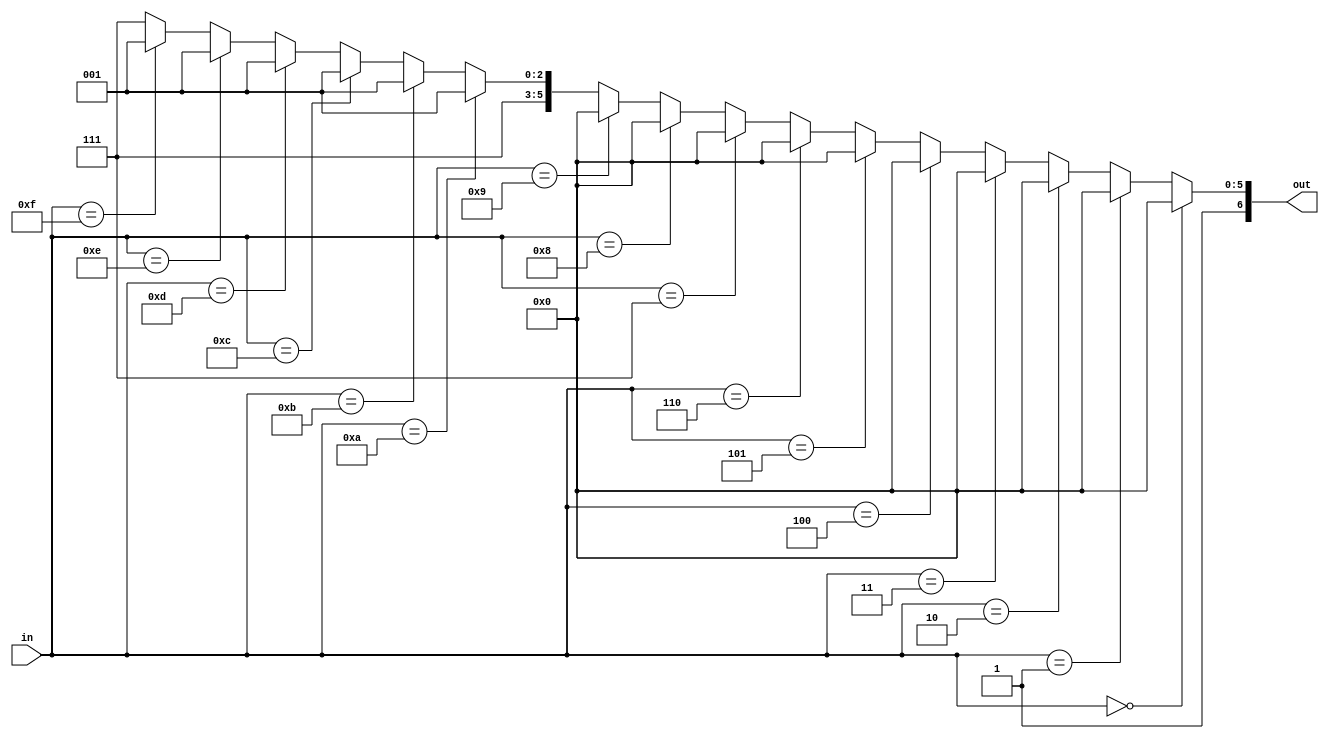
`timescale 1ns / 1ps
////////////////////////////////////////////////////////////////////////////////
module display1(in,out);
input [3:0] in;
output [6:0] out;
									   //gfedcba
	assign out = (in==4'd0)? 7'b1000000:
					 (in==4'd1)? 7'b1000000:
					 (in==4'd2)? 7'b1000000:
					 (in==4'd3)? 7'b1000000:
					 (in==4'd4)? 7'b1000000:
					 (in==4'd5)? 7'b1000000:
					 (in==4'd6)? 7'b1000000:
					 (in==4'd7)? 7'b1000000:
					 (in==4'd8)? 7'b1000000:
					 (in==4'd9)? 7'b1000000: 
					 (in==4'd10)? 7'b1111001:
					 (in==4'd11)? 7'b1111001:
					 (in==4'd12)? 7'b1111001:
					 (in==4'd13)? 7'b1111001:
					 (in==4'd14)? 7'b1111001:
					 (in==4'd15)? 7'b1111001:7'b1111111;
					
endmodule